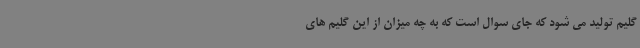
گلیم تولید می شود که جای سوال است که به چه میزان از این گلیم های